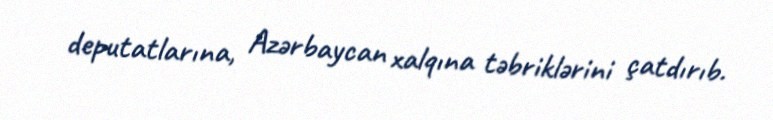
deputatlarına, Azərbaycan xalqına təbriklərini çatdırıb.